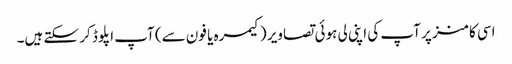
اسی کامنز پر آپ کی اپنی لی ہوئی تصاویر (کیمرہ یا فون سے) آپ اپلوڈ کر سکتے ہیں۔